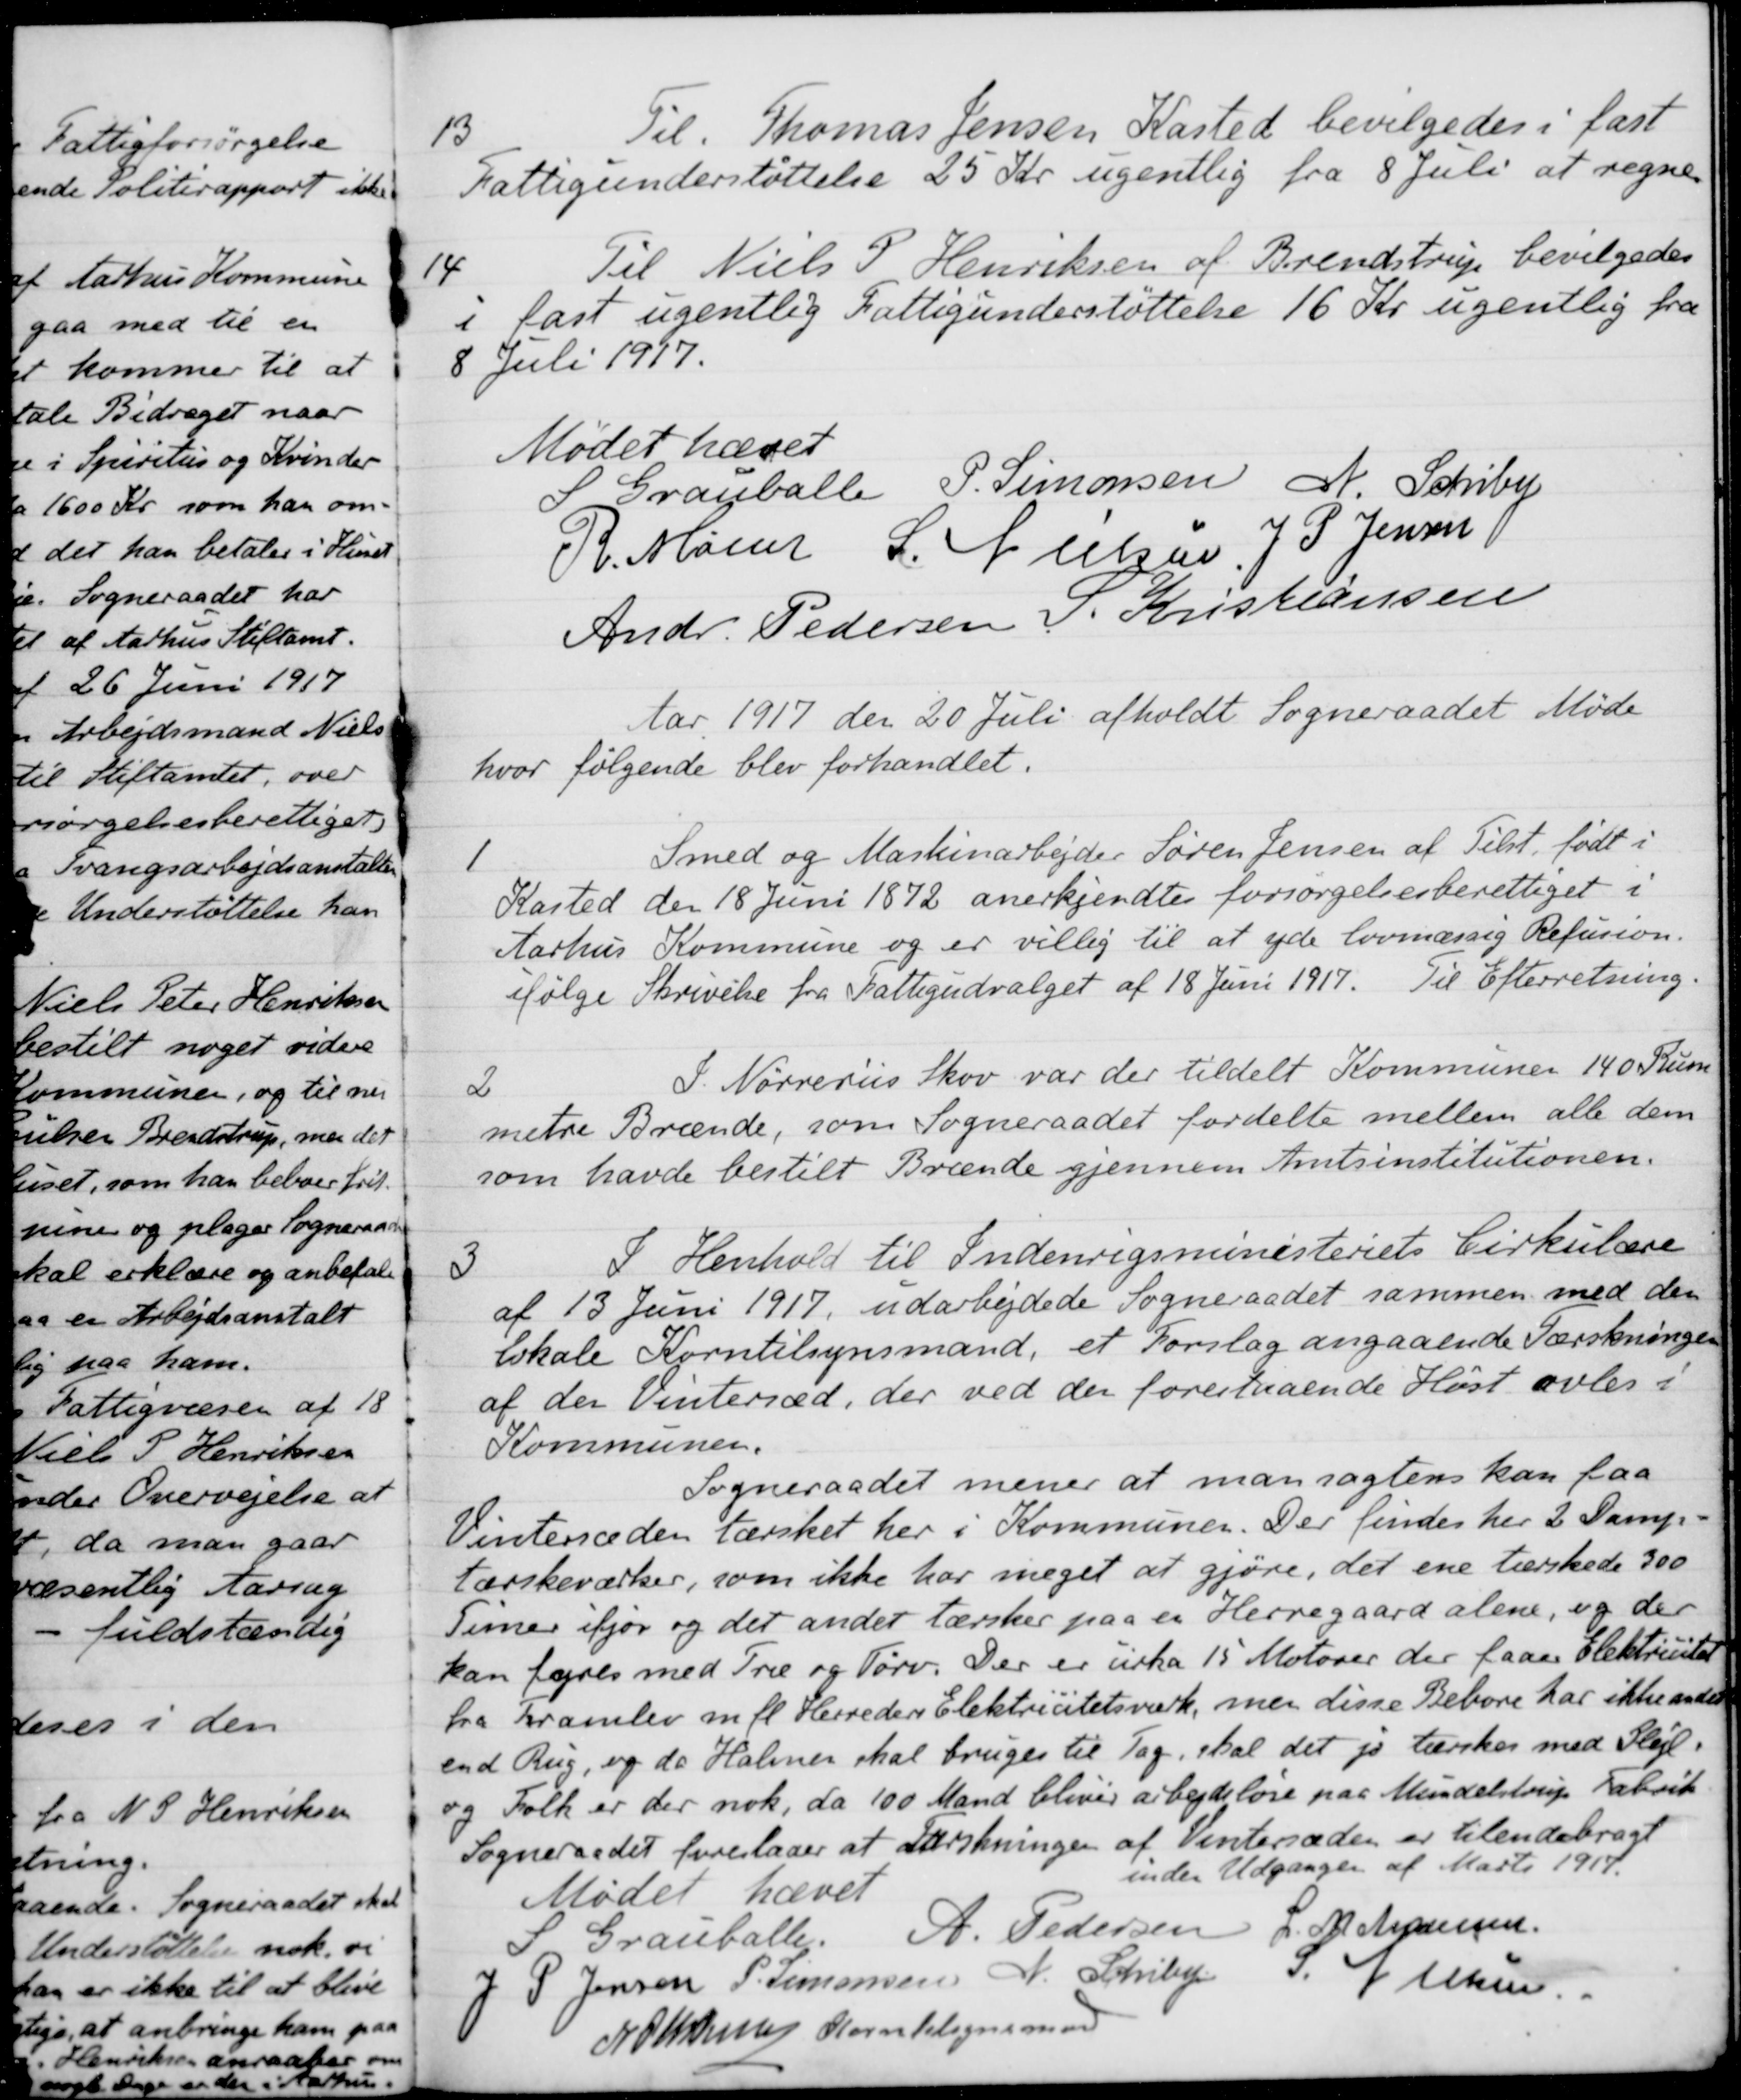
Transskription:
13
Til Thomas Jensen Kasted bevilgedes i fast
Fattigunderstøttelse 25 Kr. ugentlig fra 8 Juli at regne
14
Til Niels P Henriksen af Brendstrup bevilgedes
i fast ugentlig Fattigunderstøttelse 16 Kr. ugentlig fra
8 Juli 1917.
Mødet hævet
S Grauballe
P. Simonsen
N. Schiby
R. Møller
L. Nielsen
J P Jensen
Andr. Pedersen
S. Kristiansen
Aar 1917 den 20 Juli afholdt Sogneraadet Møde
hvor følgende blev forhandlet.
1
Smed og Maskinarbejder Søren Jensen af Tilst, født i
Kasted den 18 Juni 1872 anerkjendtes forsørgelsesberettiget i
Aarhus Kommune og er villig til at yde lovmæssig Refusion.
ifølge Skrivelse fra Fattigudvalget af 18 Juni 1917. Til Efterretning.
2
I Nørreriis Skov var der tildelt Kommunen 140 Rum
metre Brænde, som Sogneraadet fordelte mellem alle dem
som havde bestilt Brænde gjennem Amtsinstitutionen.
3
I Henhold til Indenrigsministeriets Cirkulære
af 13 Juni 1917 udarbejdede Sogneraadet sammen med den
lokale Korntilsynsmand, et Forslag angaaende Tærskningen
af den Vintersæd, der ved der forestaaende Høst avles i
Kommunen.
Sogneraadet mener at man sagtens kan faa
Vintersæden tærsket her i Kommunen. Der findes her 2 Damp-
tærskeværker, som ikke har meget at gjøre, det ene tærskede 300
Timer ifjor og det andet tærsker paa en Herregaard alene, og der
kan fyres med Træ og Tørv. Der er urka 15 Motorer der faaer Elektrictet
fra Framlev m. fl. Herreders Elektricitetsværk, men disse Beboere har ikke andet
end Rug, og da Halmen skal bruges til Tag, skal det jo tærsker med Plejl.
og Folk er der nok, da 100 Mand bliver arbejdsløse paa Mundelstrup Fabrik.
Sogneraadet foreslaaer at Tærskningen af Vintersæden er tilendebragt
inden Udganger af Marts 1917.
Mødet hævet
S Grauballe
A. Pedersen
L. M. Andersen
J P. Jensen
P. Simonsen
N. Schiby
S Nielsen.
N Ottesen Korntilsynsmand